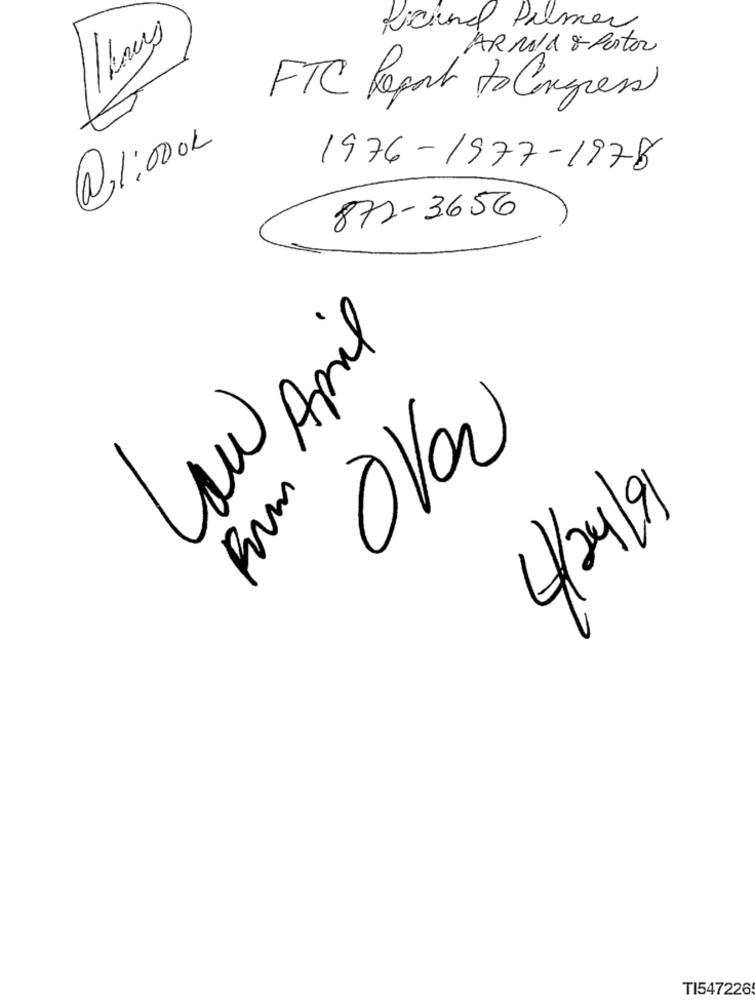
Richnel Palmer
11 hours
ARNIA 8 Porter
FTC Report to Congress
@1:000k
1976-1977-1978
872-3656
Low April
4/24/9
TI5472265